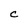
Character: C